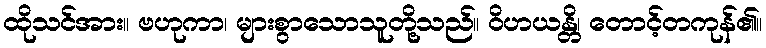
ထိုသင်အား။ ဗဟုကာ၊ များစွာသောသူတို့သည်။ ဝိဟယန္တိ၊ တောင့်တကုန်၏။